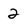
Character: 2